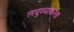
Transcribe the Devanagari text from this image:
लघुव्याकरण